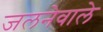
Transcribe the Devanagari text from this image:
जलनेवाले